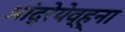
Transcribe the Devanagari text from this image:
आंद्रेयेव्ह्ना